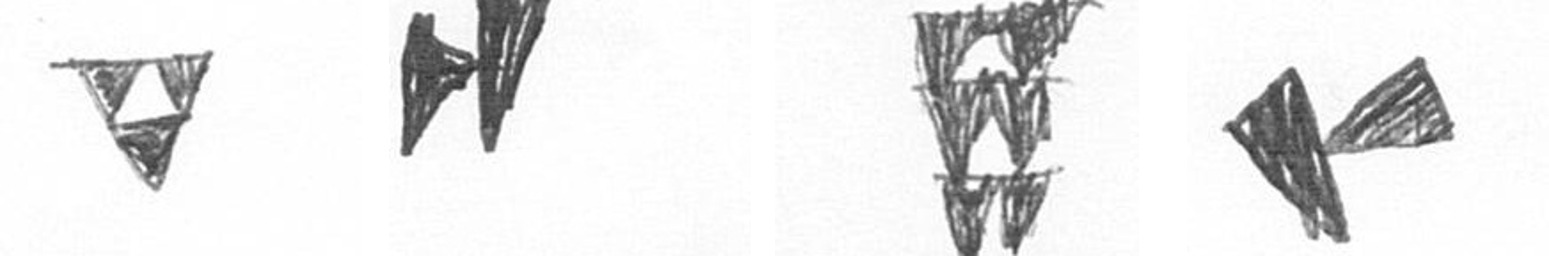
S M Y F